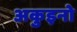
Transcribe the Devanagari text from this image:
अकुइनो